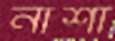
নাশা